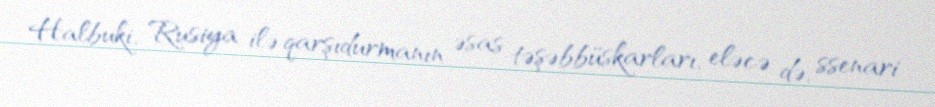
Halbuki, Rusiya ilə qarşıdurmanın əsas təşəbbüskarları, eləcə də, ssenari